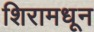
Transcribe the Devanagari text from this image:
शिरामधून